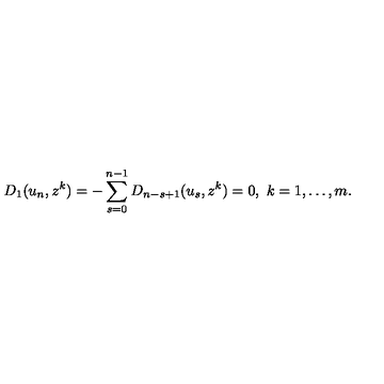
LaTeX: D _ { 1 } ( u _ { n } , z ^ { k } ) = - \sum _ { s = 0 } ^ { n - 1 } D _ { n - s + 1 } ( u _ { s } , z ^ { k } ) = 0 , \ k = 1 , \dots , m .